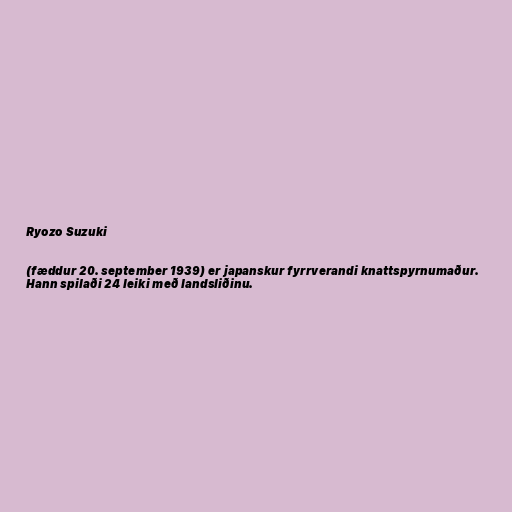
Ryozo Suzuki

(fæddur 20. september 1939) er japanskur fyrrverandi knattspyrnumaður.
Hann spilaði 24 leiki með landsliðinu.